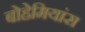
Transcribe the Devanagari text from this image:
बोहेमियांस